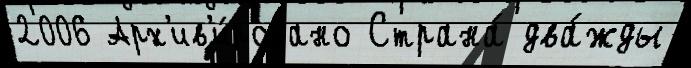
2006 Арх'ив'и́ровано Страна́ два́жды